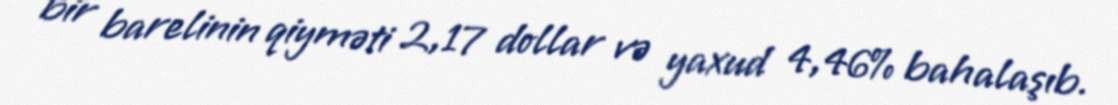
bir barelinin qiyməti 2,17 dollar və yaxud 4,46% bahalaşıb.